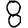
Digit: 8